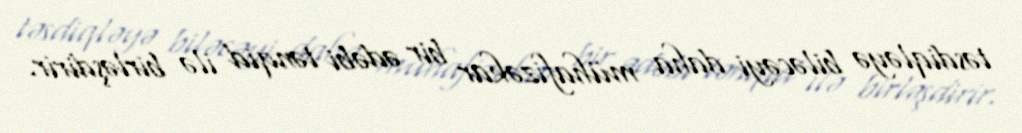
təsdiqləyə biləcəyi daha mühafizəkar bir ədəbi tənqid ilə birləşdirir.